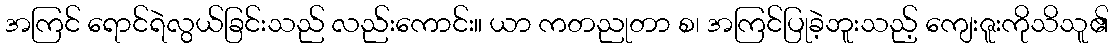
အကြင် ရောင်ရဲလွယ်ခြင်းသည် လည်းကောင်း။ ယာ ကတညုတာ စ၊ အကြင်ပြုခဲ့ဘူးသည့် ကျေးဇူးကိုသိသူ၏